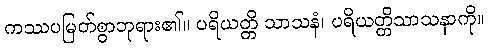
ကဿပမြတ်စွာဘုရား၏။ ပရိယတ္တိ သာသနံ၊ ပရိယတ္တိသာသနာကို။